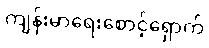
ကျန်းမာရေးစောင့်ရှောက်